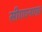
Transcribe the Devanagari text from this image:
सीएएनएफ़